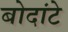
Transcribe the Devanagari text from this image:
बोदांटे